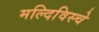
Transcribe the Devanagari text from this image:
मल्दिविस्चे